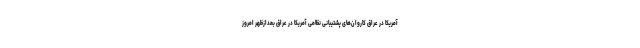
آمریکا در عراق کاروان‌های پشتیبانی نظامی آمریکا در عراق بعدازظهر امروز